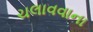
ચલાવવાના